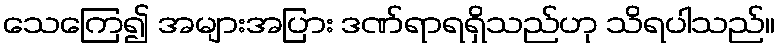
သေကြေ၍ အများအပြား ဒဏ်ရာရရှိသည်ဟု သိရပါသည်။